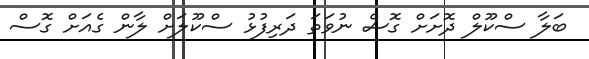
ބަލާ ސްކޫލް ދޮށަށް ގޮސް ނުވަތަ ދަރިފުޅު ސްކޫލަށް ލާން ގެއަށް ގޮސް